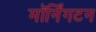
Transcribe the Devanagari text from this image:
मॉर्निंगटन